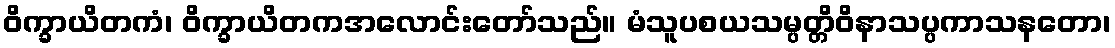
ဝိက္ခာယိတကံ၊ ဝိက္ခာယိတကအလောင်းတော်သည်။ မံသူပစယသမ္ပတ္တိဝိနာသပ္ပကာသနတော၊